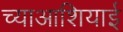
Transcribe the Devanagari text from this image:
च्याआशियाई